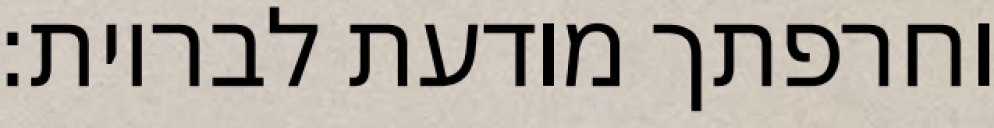
וחרפתך מודעת לבריות: